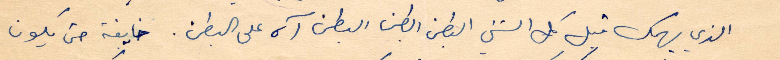
الذي يهمك قبل كل الشء البطن البطن البطن آه على البطن. خايفة حتى يكون